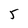
Character: 5